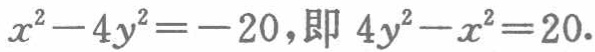
\(x^{2}-4y^{2}=-20,\text{即 }4y^{2}-x^{2}=20.\)